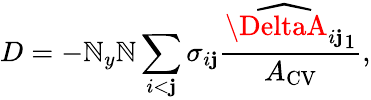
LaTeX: D=-\mathbb{N}_{y}\mathbb{N}\sum_{i<\mathbf{j}}\sigma_{i\mathbf{j}}\frac{{\widehat{{\DeltaA_{i\mathbf{j}}}}_{1}}}{{A_{\mathrm{{{CV}}}}}},